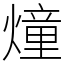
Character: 燑